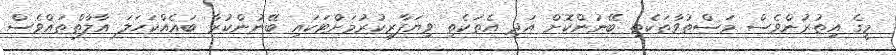
މީގެ އިތުރުންވެސް މަސްތުވާތަކެތި ބޭނުންކޮށް އަދި އެތަކެތި ވިޔަފާރިކުރުމަށްޓަކައި ބޭނުންކުރާ ބައެއްކަހަލަ އާލާތްތައްވެސް